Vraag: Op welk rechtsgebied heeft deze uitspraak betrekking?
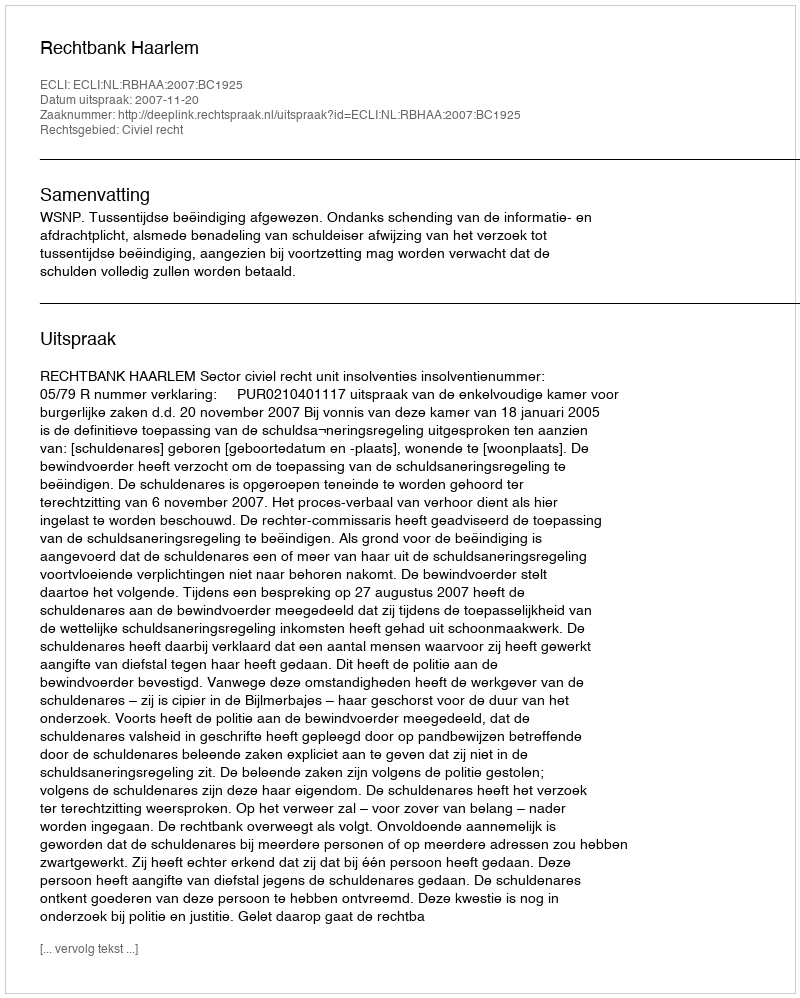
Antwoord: Civiel recht